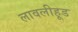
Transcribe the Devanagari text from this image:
लावलीहूड